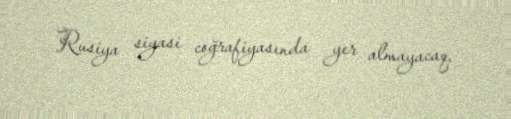
Rusiya siyasi coğrafiyasında yer almayacaq.